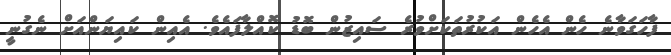
ފާހަގަވާނެ ހެން އެހެން އަކުރުތަކަށްވުރެ ސައިޒުން ބޮޑު ކޮއްލާފައެވެ. އެއިން ކައިޔަންއަށް ނެގުނީ